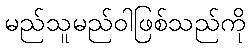
မည်သူမည်ဝါဖြစ်သည်ကို